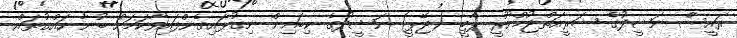
ރައީސް ނަޝީދުގެ ޝަރީއަތްޖުމްހޫރީ ޕާޓީ (ޖޭޕީ) ނަޝީދުގެ ކިބައިން ނިގުޅައިގެންފައިވާކަމަށް ބުނާ ހައްގުތައް